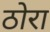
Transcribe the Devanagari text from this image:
ठोरा